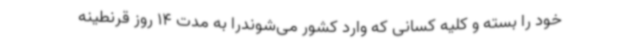
خود را بسته و کلیه کسانی که وارد کشور می‌شوندرا به مدت 14 روز قرنطینه